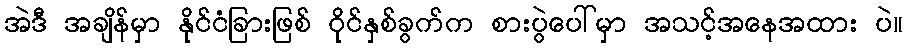
အဲဒီ အချိန်မှာ နိုင်ငံခြားဖြစ် ဝိုင်နှစ်ခွက်က စားပွဲပေါ်မှာ အသင့်အနေအထား ပဲ။